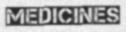
MEDICINES